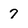
Character: 7